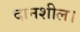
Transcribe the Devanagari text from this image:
दानशील।